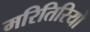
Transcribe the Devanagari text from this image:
मरितिरियो